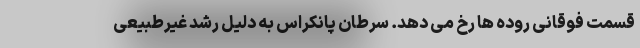
قسمت فوقانی روده ها رخ می دهد. سرطان پانکراس به دلیل رشد غیرطبیعی